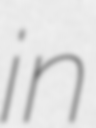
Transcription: in